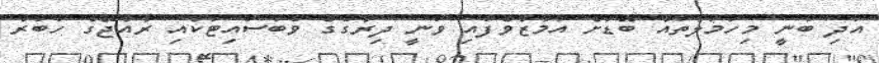
އަދި ބުނީ މިހަމަލާތައް ބޮޑަށް އަމާޒުވެފައި ވަނީ ދިރާގުގެ ވެބަސައިޓަކާއި ރާއްޖޭގެ ހަބަރު